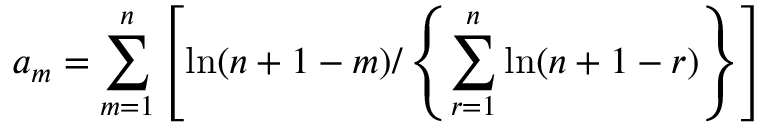
a _ { m } = \sum _ { m = 1 } ^ { n } \left[ \ln ( n + 1 - m ) / \left\{ \sum _ { r = 1 } ^ { n } \ln ( n + 1 - r ) \right\} \right]